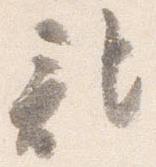
記